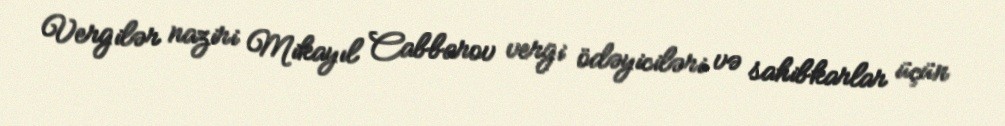
Vergilər naziri Mikayıl Cabbarov vergi ödəyiciləri və sahibkarlar üçün